Lunatic asylums Bombay report 1891-1903 - 1891-1903
Year: 1891
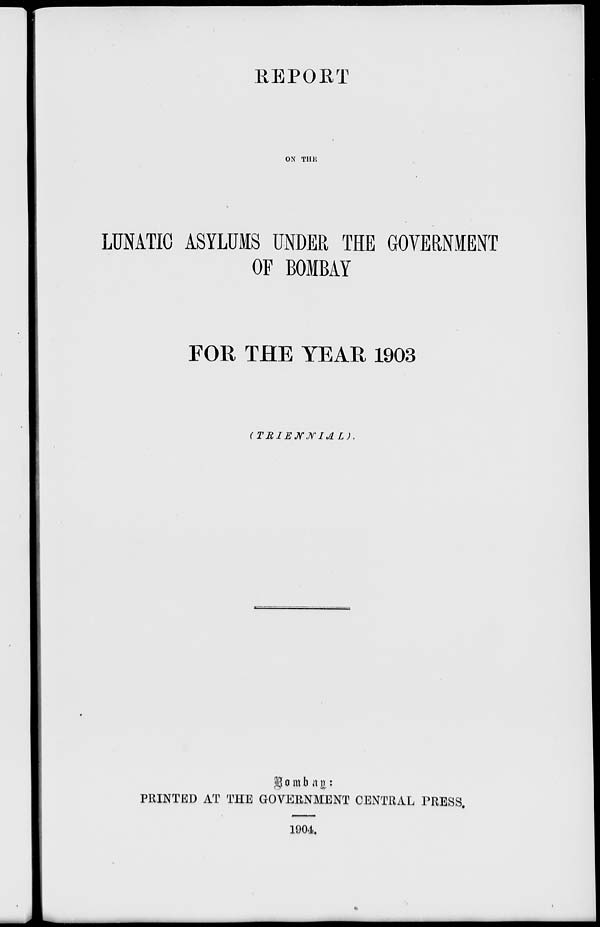
REPORT
ON THE
LUNATIC ASYLUMS UNDER THE GOVERNMENT
OF BOMBAY
FOR THE YEAR 1903
(TRIENNIAL).
Bombay :
PRINTED AT THE GOVERNMENT CENTRAL PRESS.
1904.